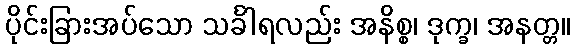
ပိုင်းခြားအပ်သော သင်္ခါရလည်း အနိစ္စ၊ ဒုက္ခ၊ အနတ္တ။